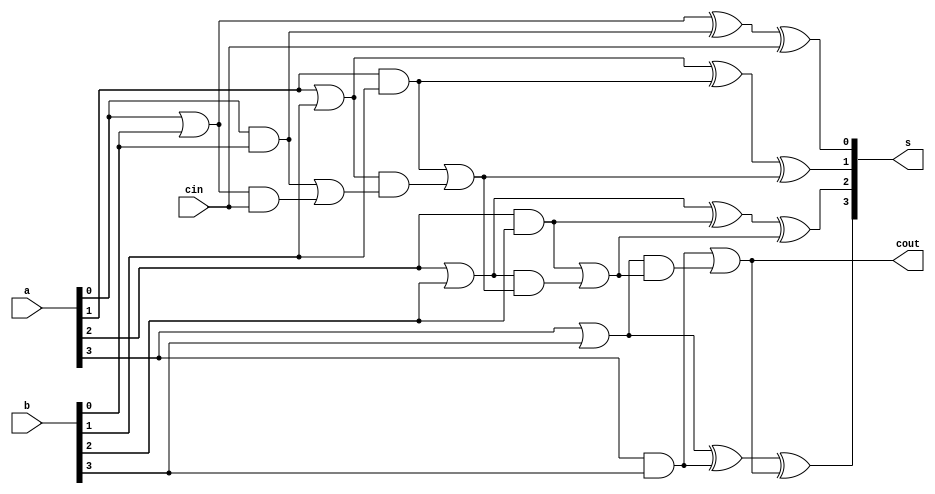
`timescale 1ns / 1ps
//////////////////////////////////////////////////////////////////////////////////
// Company: 
// Engineer: 
// 
// Design Name: 
// Module Name:    behaviouralcla 
// Project Name: 
// Target Devices: 
// Tool versions: 
// Description: 
//
// Dependencies: 
//
// Revision: 
// Revision 0.01 - File Created
// Additional Comments: 
//
//////////////////////////////////////////////////////////////////////////////////
module behaviouralcla(a,b,cin,s,cout);
input[3:0] a,b;
input cin;
output reg [3:0] s;
output reg cout;
reg p0,p1,p2,p3,g0,g1,g2,g3;
reg c0,c1,c2,c3;
always @ (a,b,cin)
begin
 p0=a[0]|b[0];
 p1=a[1]|b[1];
 p2=a[2]|b[2];
 p3=a[3]|b[3];
g0=a[0]&b[0];
g1=a[1]&b[1];
g2=a[2]&b[2];
g3=a[3]&b[3];
c0=g0|(p0&cin);
c1=g1|(p1&c0);
c2=g2|(p2&c1);
c3=g3|(p3&c2);
s[0]=p0^g0^cin;
s[1]=p1^g1^c1;
s[2]=p2^g2^c2;
s[3]=p3^g3^c3;
cout=c3;
end
endmodule